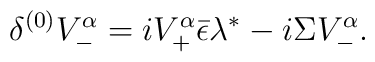
{\delta^{(0)} V_-^\alpha = i V_+^\alpha \bar \epsilon \lambda^* - i\Sigma V_-^\alpha.}